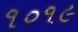
૧૦૧૯